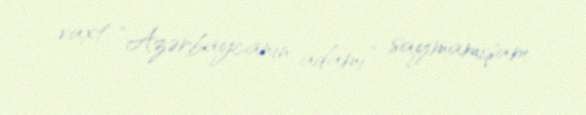
vaxt “Azərbaycanın adamı” saymamışam.